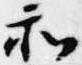
和